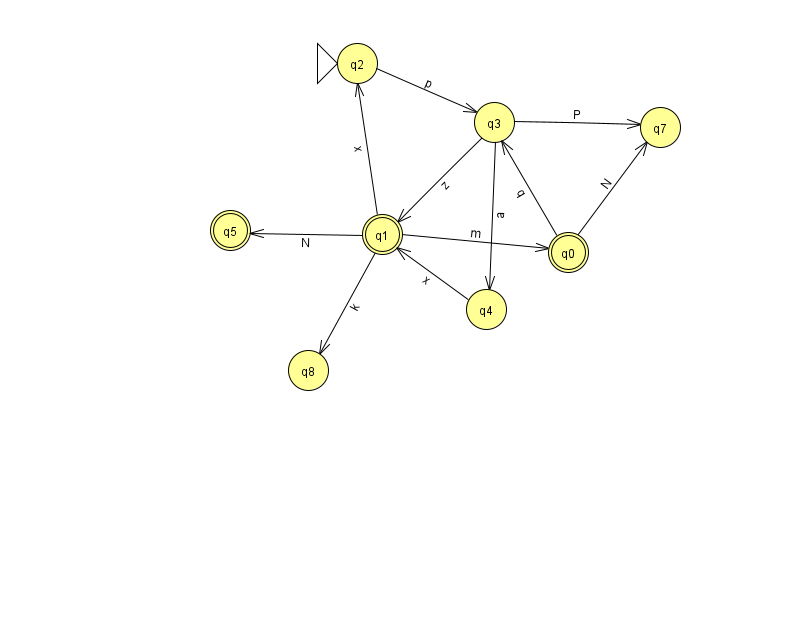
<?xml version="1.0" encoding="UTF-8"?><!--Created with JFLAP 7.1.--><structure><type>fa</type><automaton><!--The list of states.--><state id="0" name="q0"><x>568.0</x><y>239.0</y><final/></state><state id="1" name="q1"><x>382.0</x><y>221.0</y><final/></state><state id="2" name="q2"><x>357.0</x><y>50.0</y><initial/></state><state id="3" name="q3"><x>494.0</x><y>109.0</y></state><state id="4" name="q4"><x>486.0</x><y>296.0</y></state><state id="5" name="q5"><x>230.0</x><y>217.0</y><final/></state><state id="7" name="q7"><x>660.0</x><y>114.0</y></state><state id="8" name="q8"><x>308.0</x><y>357.0</y></state><!--The list of transitions.--><transition><from>4</from><to>1</to><read>x</read></transition><transition><from>1</from><to>5</to><read>N</read></transition><transition><from>3</from><to>1</to><read>z</read></transition><transition><from>3</from><to>4</to><read>a</read></transition><transition><from>0</from><to>3</to><read>q</read></transition><transition><from>0</from><to>7</to><read>N</read></transition><transition><from>1</from><to>0</to><read>m</read></transition><transition><from>1</from><to>2</to><read>x</read></transition><transition><from>2</from><to>3</to><read>p</read></transition><transition><from>1</from><to>8</to><read>k</read></transition><transition><from>3</from><to>7</to><read>P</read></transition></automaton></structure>